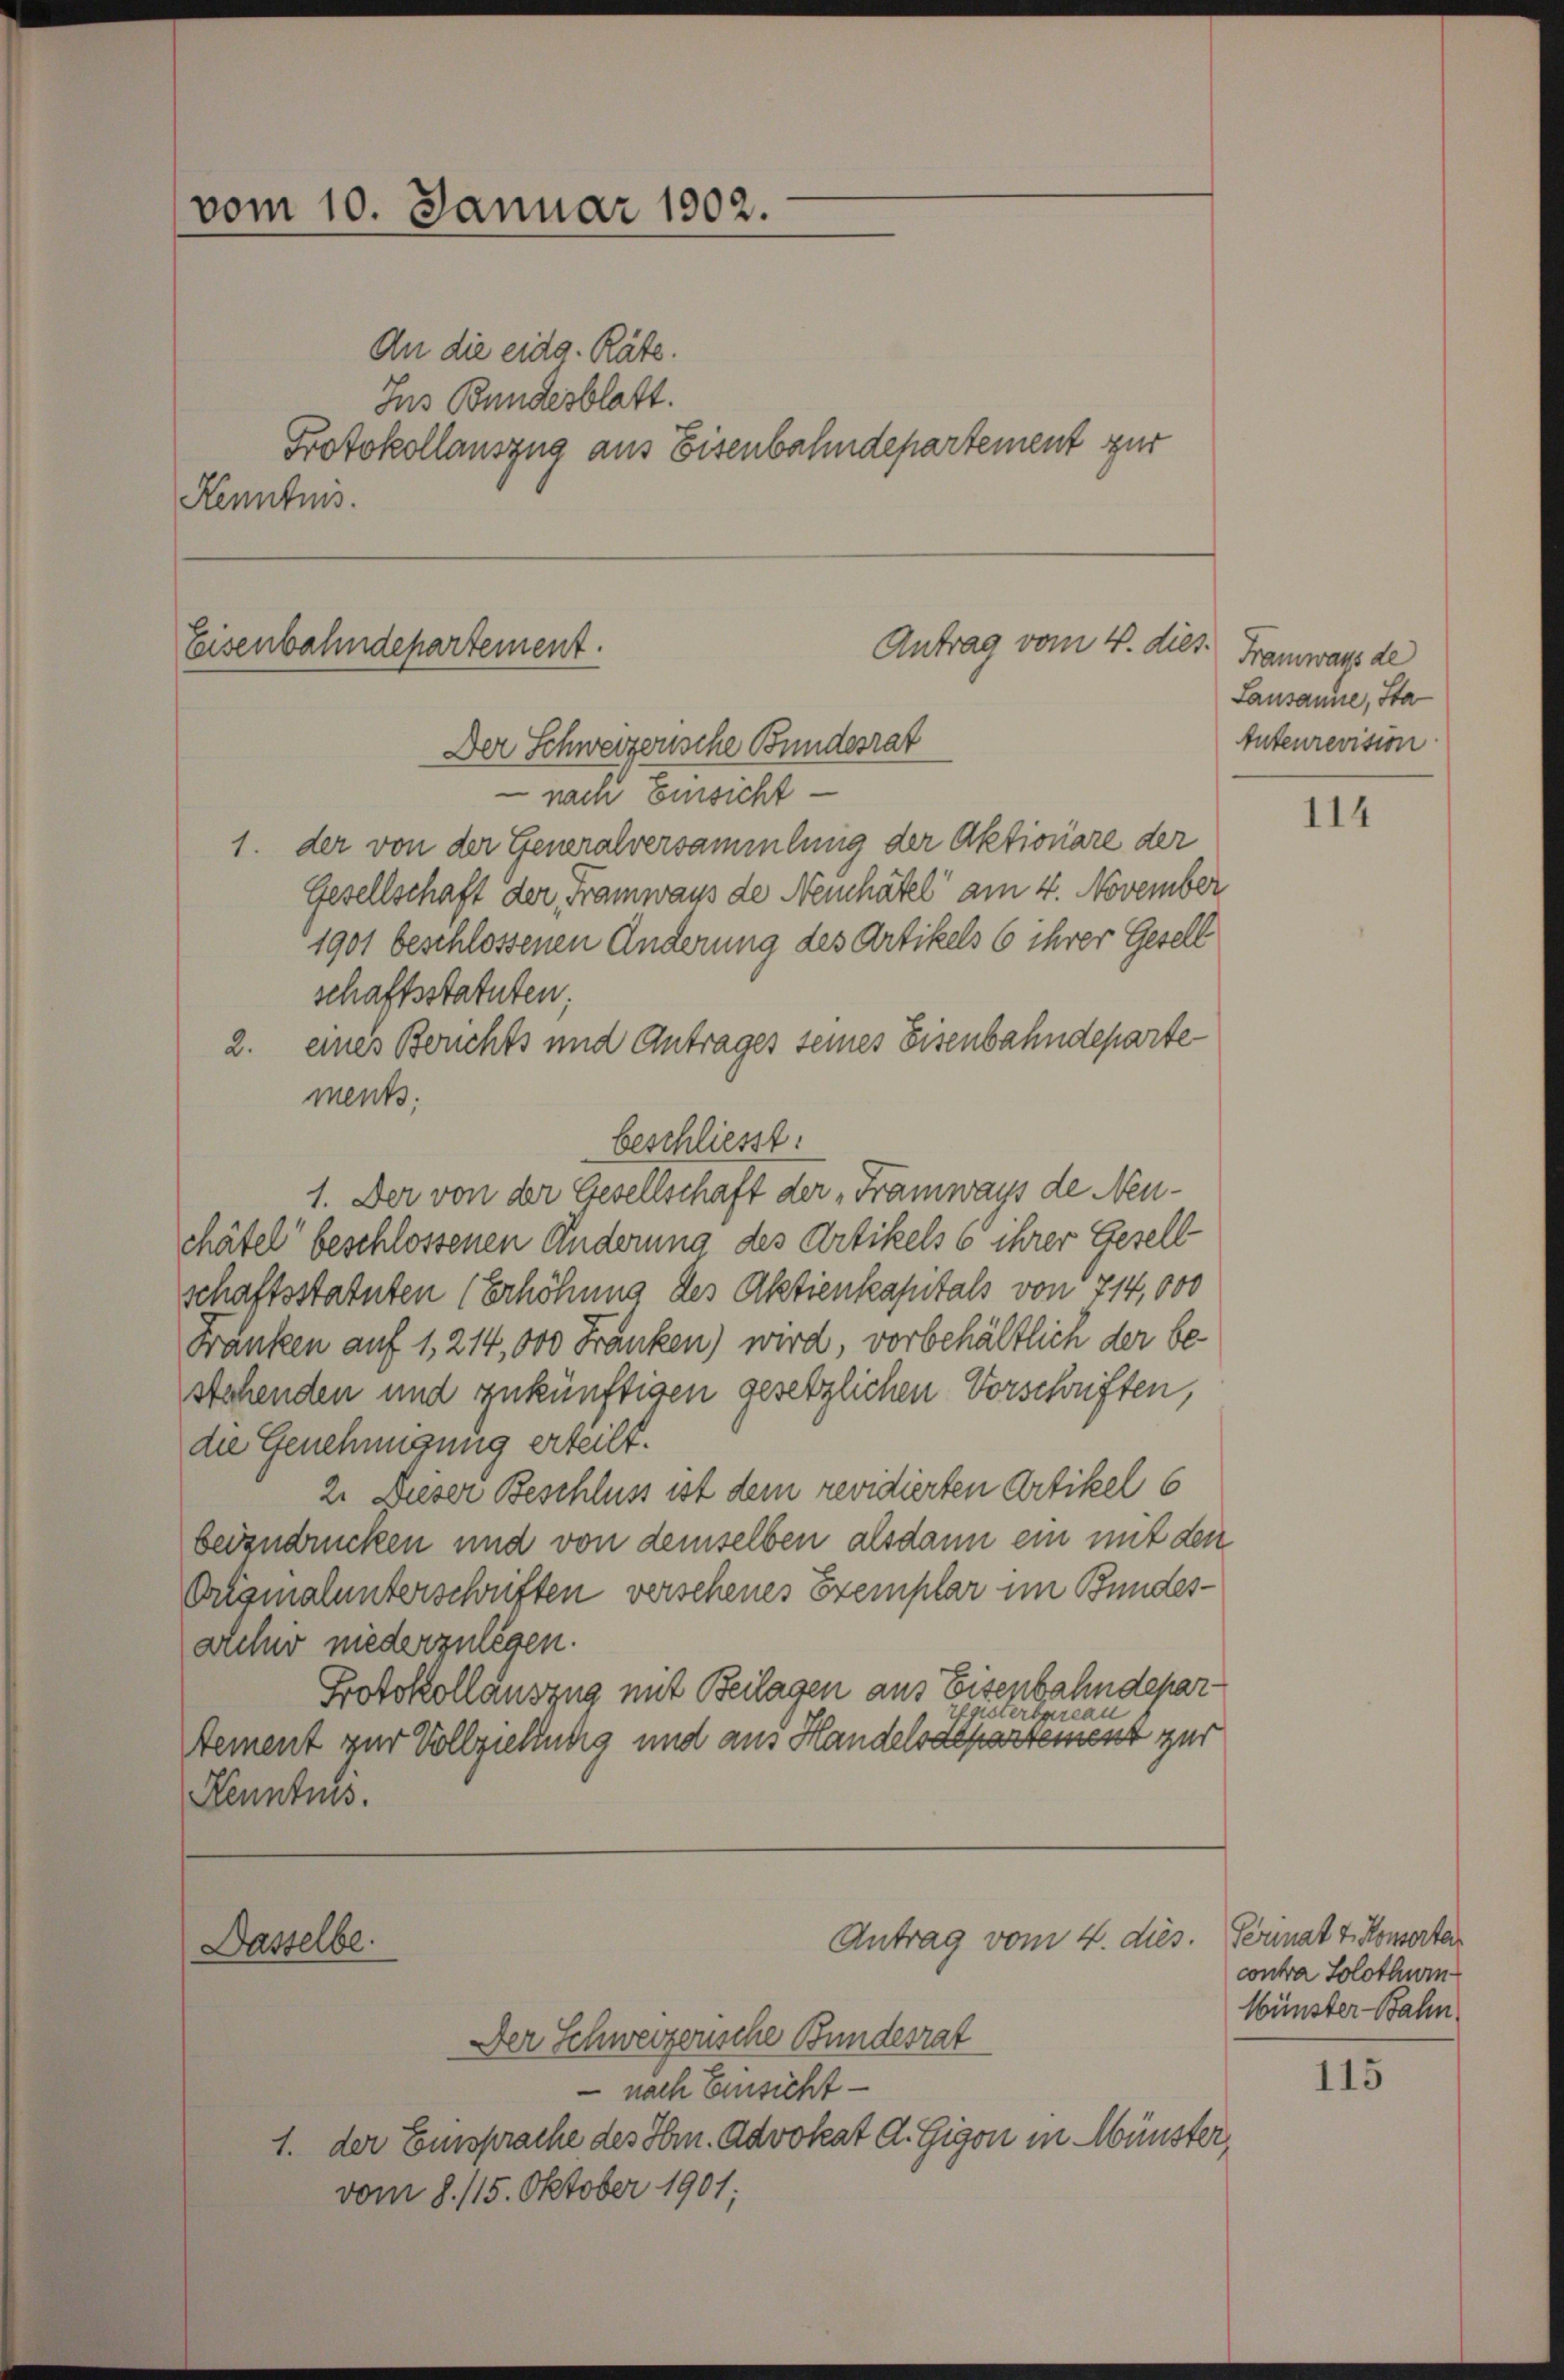
vom 10. Januar 1902.

Antrag vom 4. dies
Eisenbahndepartement.
Der Schweizerische Bundesrat

Dasselbe.

An die eidg. Räte.
Ins Bundesblatt.
Protokollauszug aus Eisenbahndepartement zur
Kenntnis.

nach Einsicht
1. der von der Generalversammlung der Aktionare der
Gesellschaft der Framways de Neuhatel am 4. November
1901 beschlossenen Änderung des Artikels 6 ihrer Gesell
schaftsstatuten;
2. eines Berichts und Antrages seines Eisenbahndeparte
ments;
beschliesst:
1. Der von der Gesellschaft der „Framways de Neuchätel“ beschlossenen Änderung des Artikels 6 ihrer Gesell
schaftsstatuten (Erhöhung des Aktienkapitals von 714,000
Franken auf 1, 214,000 Franken) wird, vorbehältlich der bestehenden und zukünftigen gesetzlichen Vorschriften,
die Genehmigung erteilt.
2. Dieser Beschluss ist dem revidierten Artikel 6
beizudrücken und von demselben alsdann ein mit den
Orismalunterschriften versehenes Exemplar im Bundesarchiv niederzulegen.
Protokollauszug mit Beilagen aus Eisenbahndeparisterbureau
Aement zur Vollziehung und aus Handelspartement zur
Kenntnis.

Antrag vom 4. dies. Perinat 4. Konserta

Framways de
Lausanne, Sta
Intenrevision

Der Schweizerische Bundesrat
 nach Einsicht
1. der Einsprache des Hrn. Advokat A. Gigon in Münster,
vom 8. 115. Oktober 1901;

114

contra Solothwen¬
Münster Bahn

115